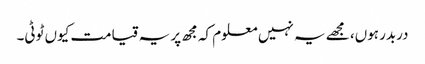
دربدر ہوں، مجھے یہ نہیں معلوم کہ مجھ پر یہ قیامت کیوں ٹوٹی۔